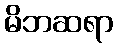
မိဘဆရာ